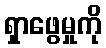
ရှာဖွေမှုကို